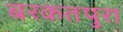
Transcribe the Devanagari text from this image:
बरकतपुरा